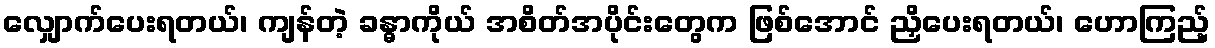
လျှောက်ပေးရတယ်၊ ကျန်တဲ့ ခန္ဓာကိုယ် အစိတ်အပိုင်းတွေက ဖြစ်အောင် ညှိပေးရတယ်၊ ဟောကြည့်